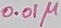
Text: 0.1µ